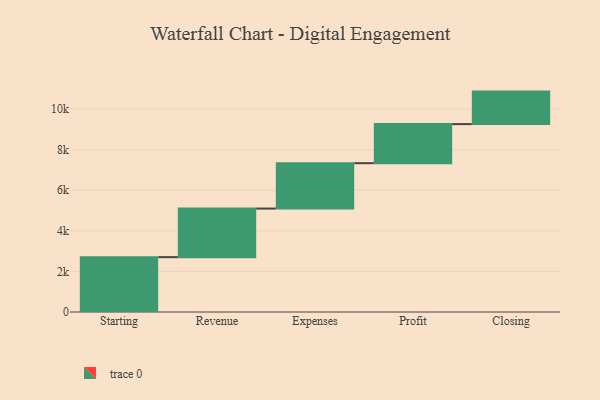
{"axis": {"x": "Step", "y": "Value"}, "legend": [""], "data": [{"x": "Starting", "y": 2704.0, "type": ""}, {"x": "Revenue", "y": 2395.0, "type": ""}, {"x": "Expenses", "y": 2236.0, "type": ""}, {"x": "Profit", "y": 1927.0, "type": ""}, {"x": "Closing", "y": 1602.0, "type": ""}]}